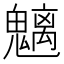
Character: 魑